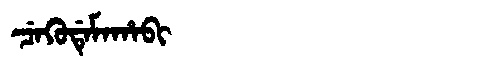
Manchu: ᠴᡝᡴᡠᡩᡝᠮᠠᡥᠠᠪᡳ
Romanization: CEKUDEMAHABI